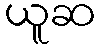
ယူဆ